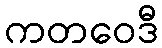
ကတဝေဒီ